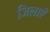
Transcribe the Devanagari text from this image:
जिलाएँ